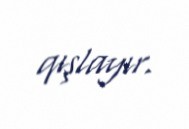
qışlayır.